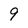
Character: 9